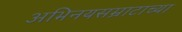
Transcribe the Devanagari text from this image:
अभिनयसम्राटाच्या